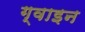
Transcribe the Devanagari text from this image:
ग्वाइन